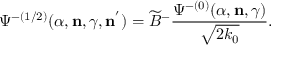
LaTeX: { \Psi } ^ { - ( 1 / 2 ) } ( \alpha , { \bf n } , \gamma , { \bf n } ^ { ' } ) = \widetilde { B } ^ { - } \frac { { \Psi } ^ { - ( 0 ) } ( \alpha , { \bf n } , \gamma ) } { \sqrt { 2 k _ { 0 } } } .